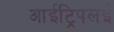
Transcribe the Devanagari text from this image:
आईट्रिपलई